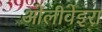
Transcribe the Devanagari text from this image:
ओलीवेइरा